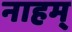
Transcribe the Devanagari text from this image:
नाहम्